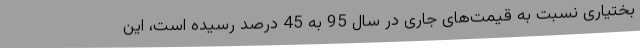
بختیاری نسبت به قیمت‌های جاری در سال 95 به 45 درصد رسیده است، این